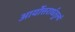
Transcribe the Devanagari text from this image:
आर्योत्तरार्धतुल्यं